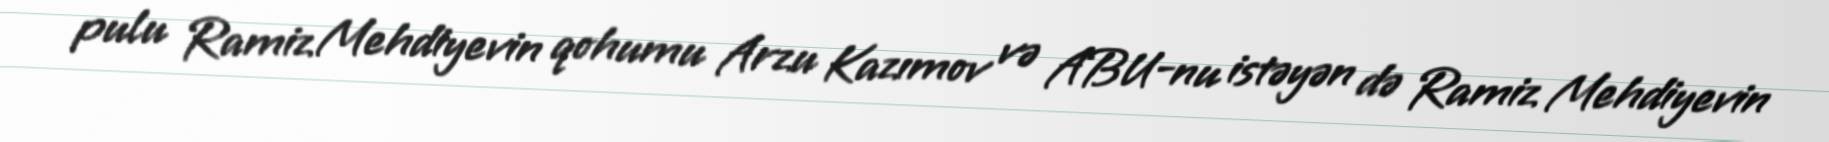
pulu Ramiz Mehdiyevin qohumu Arzu Kazımov və ABU-nu istəyən də Ramiz Mehdiyevin